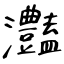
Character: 灎